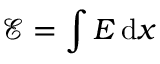
\mathcal { E } = \int E \, \mathrm { d } x